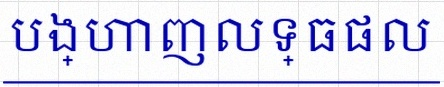
បង្ហាញលទ្ធផល